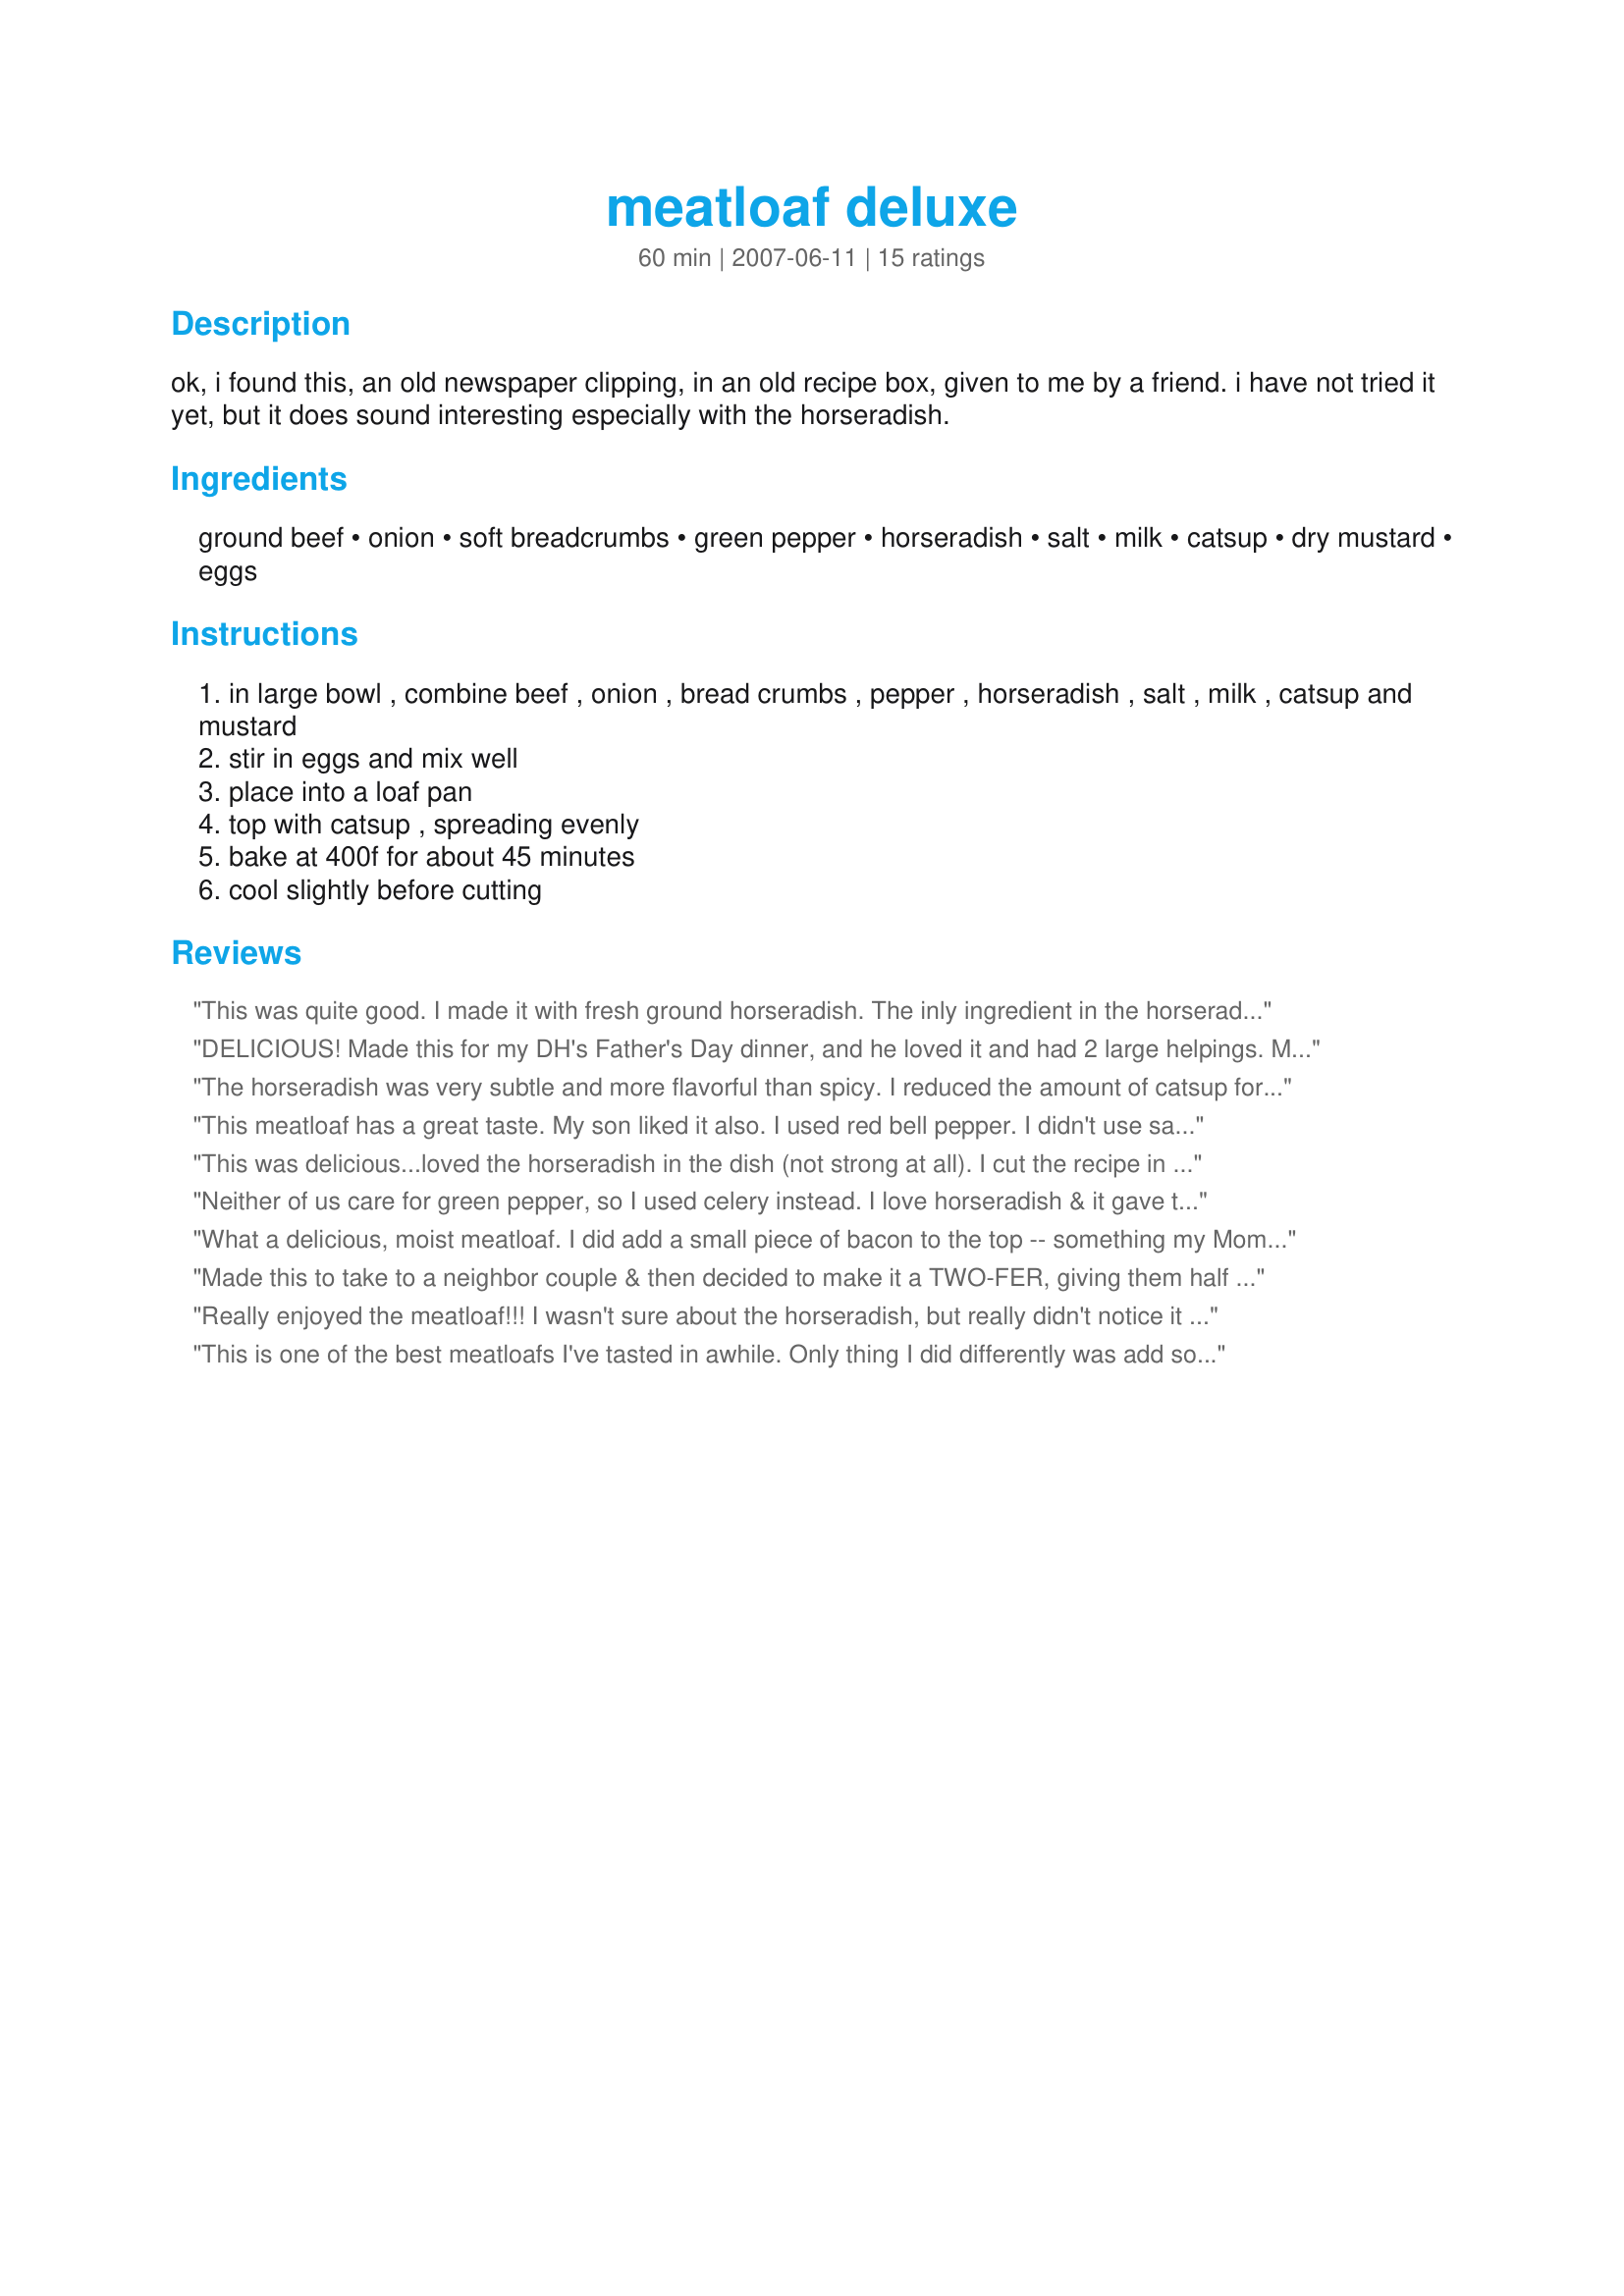
meatloaf deluxe
Preparation time: 60 minutes

ok, i found this, an old newspaper clipping, in an old recipe box, given to me by a friend. i have not tried it yet, but it does sound interesting especially with the horseradish.

Ingredients:
ground beef, onion, soft breadcrumbs, green pepper, horseradish, salt, milk, catsup, dry mustard, eggs

Steps:
in large bowl , combine beef , onion , bread crumbs , pepper , horseradish , salt , milk , catsup and mustard
stir in eggs and mix well
place into a loaf pan
top with catsup , spreading evenly
bake at 400f for about 45 minutes
cool slightly before cutting

Reviews:
This was quite good. I made it with fresh ground horseradish. The inly ingredient in the horseradish is horseradish root , vinegar and salt. It gave the meatloaf a nice flavor and was not overpowering. I used lean ground beef. I followed the directions as written. Next time I make this, I will use less breadcrumbs, because it was slightly dry. I think that's because of the lean ground beef...not much grease fur the breadcrumbs to absorb. I used some of the leftovers in Recipe #261481 Thanks Jim for sharing your recipe. Made for PAC Spring '08.
DELICIOUS! Made this for my DH's Father's Day dinner, and he loved it and had 2 large helpings. Mine came out a little bit mushy on the inside but had a really nice crusty outside. I only used 1# ground buffalo so I cut the other ingredients by half. Wonderful flavor ~ loved the tang from the horseradish. Will definitely make this again ~ I made recipe#333493 as a side to go with ~ a HAPPY MAN meal!! Made for ZWT6 - GREAT BRITAIN Region and the Queens of Quisine!
The horseradish was very subtle and more flavorful than spicy. I reduced the amount of catsup for the top of the meatloaf to 2 tablespoons and added two strips of bacon as suggested by another reviewer. The onions were finely minced in a food processor and red bell for green. Meatloaf sandwiches, here we come! Reviewed for PAC 2010.
This meatloaf has a great taste. My son liked it also. I used red bell pepper. I didn't use salt. The horseradish gives a great taste to the meatloaf. Thanks Maryland Jim :) Made for the Best of 2010 tag game
This was delicious...loved the horseradish in the dish (not strong at all). I cut the recipe in half and added a little more onion and some fresh minced garlic. Otherwise I followed the instructions. Definately a keeper. Thank you for posting. Made for Zaar Chef Alphabet Soup ~ Jan-June 2013.
Neither of us care for green pepper, so I used celery instead. I love horseradish & it gave the meatloaf a very good taste!!! IMHO, you can never have too many meatloaf recipes & this is a keeper!!! THANKS FOR SHARING!!!
What a delicious, moist meatloaf. I did add a small piece of bacon to the top -- something my Mom always did, and I now do. I've tried many other recipes for meatloaf and this is much superior, not dry at all like many others I've made. And the horseradish wasn't too sharp or pungent. I would guess it helped keep the flavor from being bland, again as some other meatloaves can be. All in all, a great recipe, Jim. Thanks for sharing it!!
Made this to take to a neighbor couple & then decided to make it a TWO-FER, giving them half of this meatloaf & half of a chicken dinner I'd fixed for here at home ~ That way everyone got two meals & I was able to do my own personal taste testing! My other half loves horseradish, & sometimes I can tolerate it! Used in this recipe it worked just fine & we enjoyed this new twist on an old favorite! Thanks for sharing the recipe! [Made & reviewed in I Recommend recipe tag]
Really enjoyed the meatloaf!!! I wasn't sure about the horseradish, but really didn't notice it much at all. I didn't measure the amount of ketchup I added to the top of the meatloaf, just covered it like I normally do for our meatloaves. Thanks for sharing the recipe. Made for ZWT6.
This is one of the best meatloafs I've tasted in awhile. Only thing I did differently was add some brown sugar with the catsup to go over the top of the loaf. I'll be using this one for years to come.
I'm already looking forward to lunch and a meatloaf sammy. Thank you for sharing this winner and congrats on your football pool win.
We really enjoyed this meatloaf. It had great flavor and was very moist. I'm not crazy about horseradish sauce, but it gave the meatloaf a great flavor. I did not know it was horseradish sauce. I made exactly as stated. Thanks for sharing!
This was a super tasty meatloaf! I had to use real mustard instead of dry but that was my only sub. I loveeeeee horseradish & have been looking for recipes using it. This didnt disappoint & even my 10 yr old scarfed it down. Thanks for posting! / original review 7/10/12 - edited to add stars
This recipe is so easy to make with a nice flavour. I feel though it needs just a little more to kick it up a notch. Next time I will add in some minced garlic and maybe a bit more horseradish and some ground black pepper. This is a 'keeper' for me and I will do another review after I make again. :)
This was different that what we are used to, but it was good. I have never had horseradish before but added it and it gave the meatloaf a goot flavor. The only change I made was to use a red bell pepper instead of green. Made for I Recommend Tag.
We love meatloafs and we really enjoyed this one. My DH used 1# ground pork and 1# ground beef. Made for fellow teammate on Voracious Vagabonds for ZWT6.
